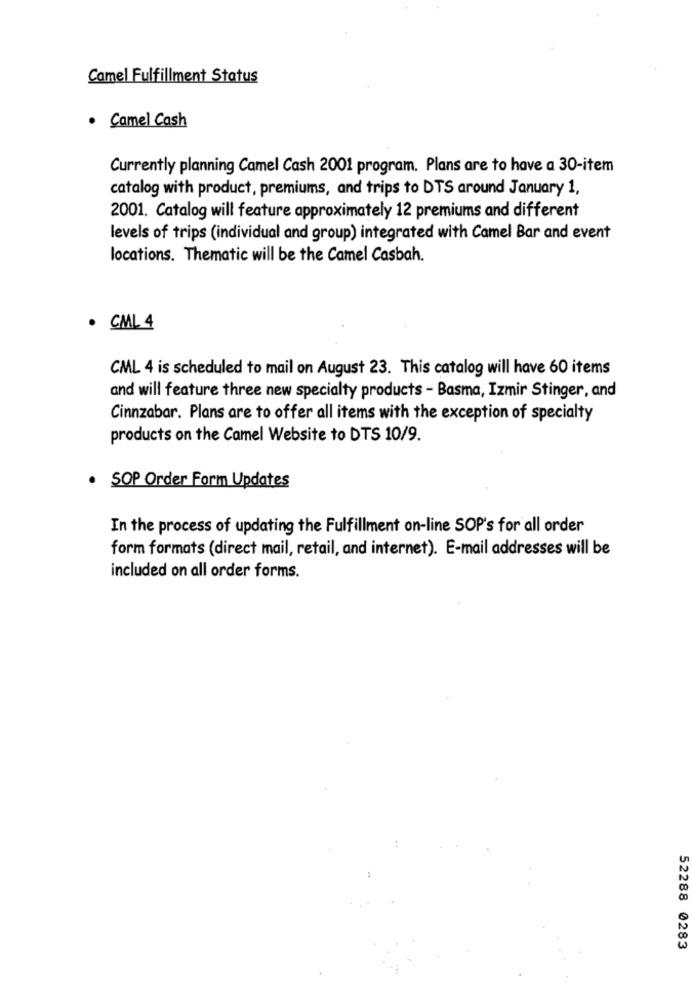
Camel Fulfillment Status
· Camel Cash
Currently planning Camel Cash 2001 program. Plans are to have a 30-item
catalog with product, premiums, and trips to DTS around January 1,
2001. Catalog will feature approximately 12 premiums and different
levels of trips (individual and group) integrated with Camel Bar and event
locations. Thematic will be the Camel Casbah.
· CML 4
CML 4 is scheduled to mail on August 23. This catalog will have 60 items
and will feature three new specialty products - Basma, Izmir Stinger, and
Cinnzabar. Plans are to offer all items with the exception of specialty
products on the Camel Website to DTS 10/9.
· SOP Order Form Updates
In the process of updating the Fulfillment on-line SOP's for all order
form formats (direct mail, retail, and internet). E-mail addresses will be
included on all order forms.
52288 0283